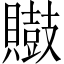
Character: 𪔡